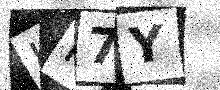
Text: HM7Y